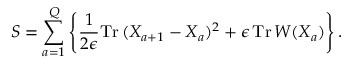
S = \sum _ { a = 1 } ^ { Q } \left\{ \frac { 1 } { 2 \epsilon } \mathrm { T r } \, ( X _ { a + 1 } - X _ { a } ) ^ { 2 } + \epsilon \, \mathrm { T r } \, W ( X _ { a } ) \right\} .